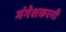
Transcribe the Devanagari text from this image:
मंगेशकरनी